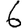
Digit: 6